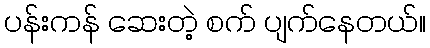
ပန်းကန် ဆေးတဲ့ စက် ပျက်နေတယ်။